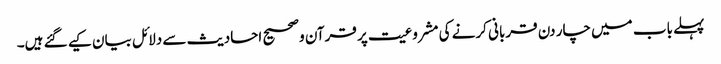
پہلے باب میں چار دن قربانی کرنے کی مشروعیت پر قرآن وصحیح احادیث سے دلائل بیان کیے گئے ہیں۔